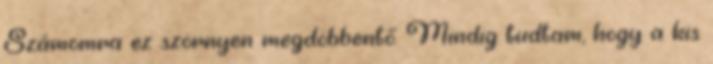
Számomra ez szörnyen megdöbbentő. Mindig tudtam, hogy a kis